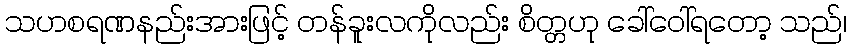
သဟစရဏနည်းအားဖြင့် တန်ခူးလကိုလည်း စိတ္တဟု ခေါ်ဝေါ်ရတော့ သည်၊